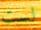
لست